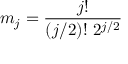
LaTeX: m _ { j } = \frac { j ! } { ( j / 2 ) ! \ 2 ^ { j / 2 } }